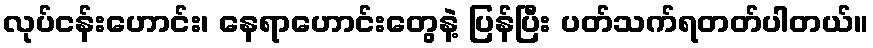
လုပ်ငန်းဟောင်း၊ နေရာဟောင်းတွေနဲ့ ပြန်ပြီး ပတ်သက်ရတတ်ပါတယ်။